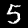
Label: 5